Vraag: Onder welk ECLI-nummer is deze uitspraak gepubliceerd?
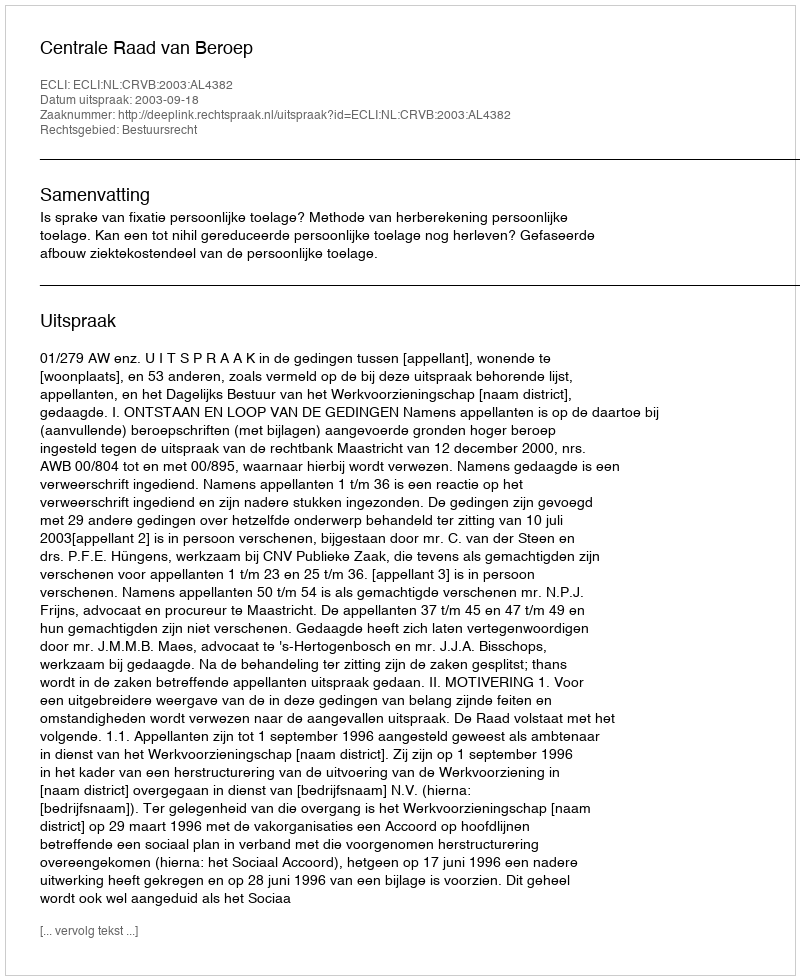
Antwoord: ECLI:NL:CRVB:2003:AL4382